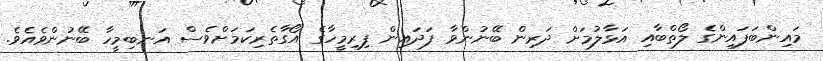
މައިންބަފައިންގެ ލޯތްބާއި އަޅާލުމަށް ދަރިން ބޭނުންވާ ފަދައިން ފިރިމީހާގެ އޯގާތެރިކަމަށްވެސް އަނބިމީހާ ބޭނުންވެއެވެ.